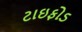
ટાઇફોડ